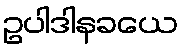
ဥပါဒါနခယေ